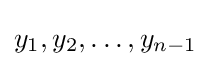
y_{1},y_{2},\dots ,y_{n-1}